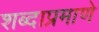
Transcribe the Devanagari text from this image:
शब्दाप्रमाणे